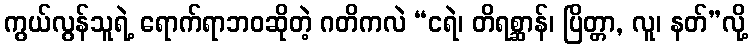
ကွယ်လွန်သူရဲ့ ရောက်ရာဘဝဆိုတဲ့ ဂတိကလဲ “ငရဲ၊ တိရစ္ဆာန်၊ ပြိတ္တာ, လူ၊ နတ်”လို့